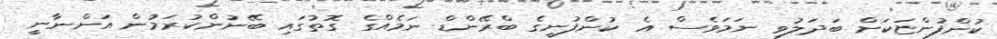
ކުންފުންޏަކަށް ބަދަލުވި ނަމަވެސް އެ ކުންފުނީގެ ބްރޭންޑް ނަމެއްގެ ގޮތުގައި ބޭނުންކުރަމުން އަންނާނީ